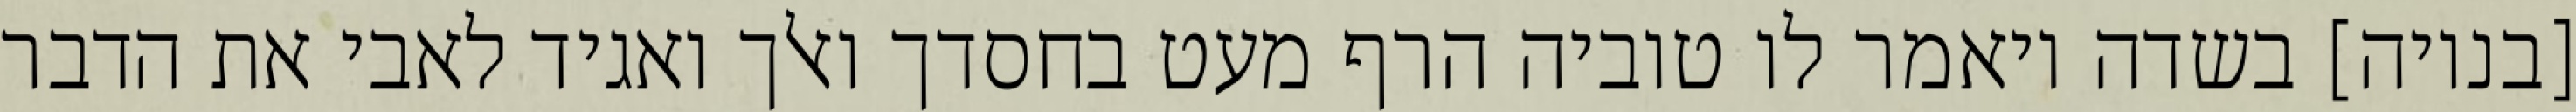
[בנויה] בשדה ויאמר לו טוביה הרף מעט בחסדך ואלך ואגיד לאבי את הדבר